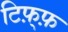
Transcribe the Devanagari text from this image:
टिफ़्फ़